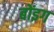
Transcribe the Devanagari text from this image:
बोंइग